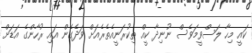
ކައީ މިހާ ލަސްވީމަވެސް ނުނިދާ ކީއް ތިކުރަނީއެތެރެއަށް ވަދެގެން އައި ރުހާންގެ އަޑަށް